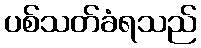
ပစ်သတ်ခံရသည်